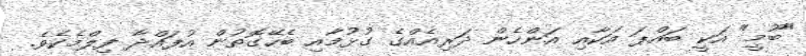
"ބޫމީ" އަކީ ބައްޕަ އަކާއި އަންހެން ދަރިއެއްގެ ގުޅުމާއި ބެހޭގޮތުން އުފައްދާ ފިލްމެކެވެ.